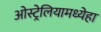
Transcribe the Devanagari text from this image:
ओस्ट्रेलियामध्येहा